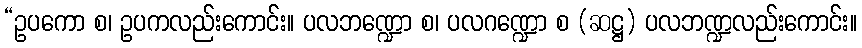
“ဥပကော စ၊ ဥပကလည်းကောင်း။ ပလဘဏ္ဍော စ၊ ပလဂဏ္ဍော စ (ဆဋ္ဌ) ပလဘဏ္ဍလည်းကောင်း။